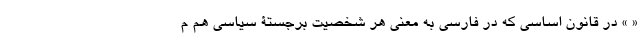
« » در قانون اساسی که در فارسی به معنی هر شخصیت برجستۀ سیاسی هم م